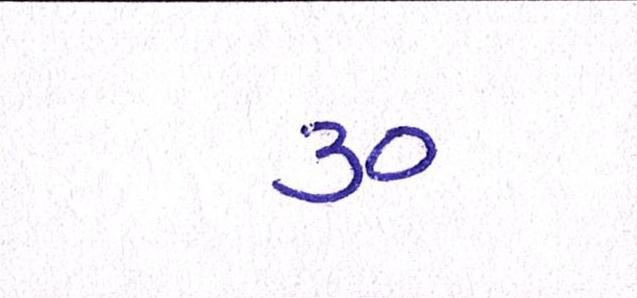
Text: ૩૦